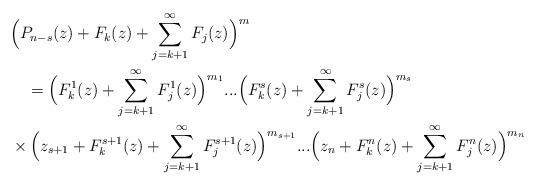
LaTeX: \begin{align*}&\Big(P_{n-s} (z)+ F_k(z) +\sum_{j=k+1}^\infty F_j(z)\Big)^m\\&\ \ \ =\Big(F_k^1(z) +\sum_{j=k+1}^\infty F_j^1(z)\Big)^{m_1}...\Big(F_k^s(z) +\sum_{j=k+1}^\infty F_j^s(z)\Big)^{m_s}\\ &\times \Big(z_{s+1}+F_k^{s+1}(z) +\sum_{j=k+1}^\infty F_j^{s+1}(z)\Big)^{m_{s+1}}...\Big(z_n+F_k^n(z) +\sum_{j=k+1}^\infty F_j^n(z)\Big)^{m_n}\end{align*}